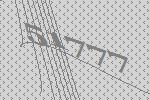
51777